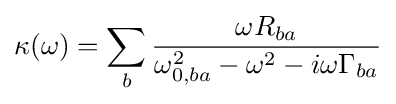
\kappa (\omega )=\sum _{b}{\frac {\omega R_{ba}}{\omega _{0,ba}^{2}-\omega ^{2}-i\omega \Gamma _{ba}}}